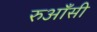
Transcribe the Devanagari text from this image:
रुआँसी